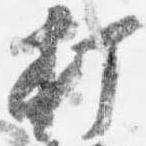
打